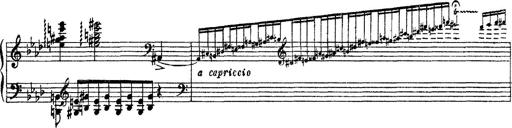
Title: 3 sonetti di Petrarca
Composer: Franz Liszt